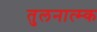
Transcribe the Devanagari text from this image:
तुलनात्म्क